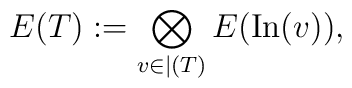
E(T) := \bigotimes_{v \in \vert(T)}E({\rm In}(v)),